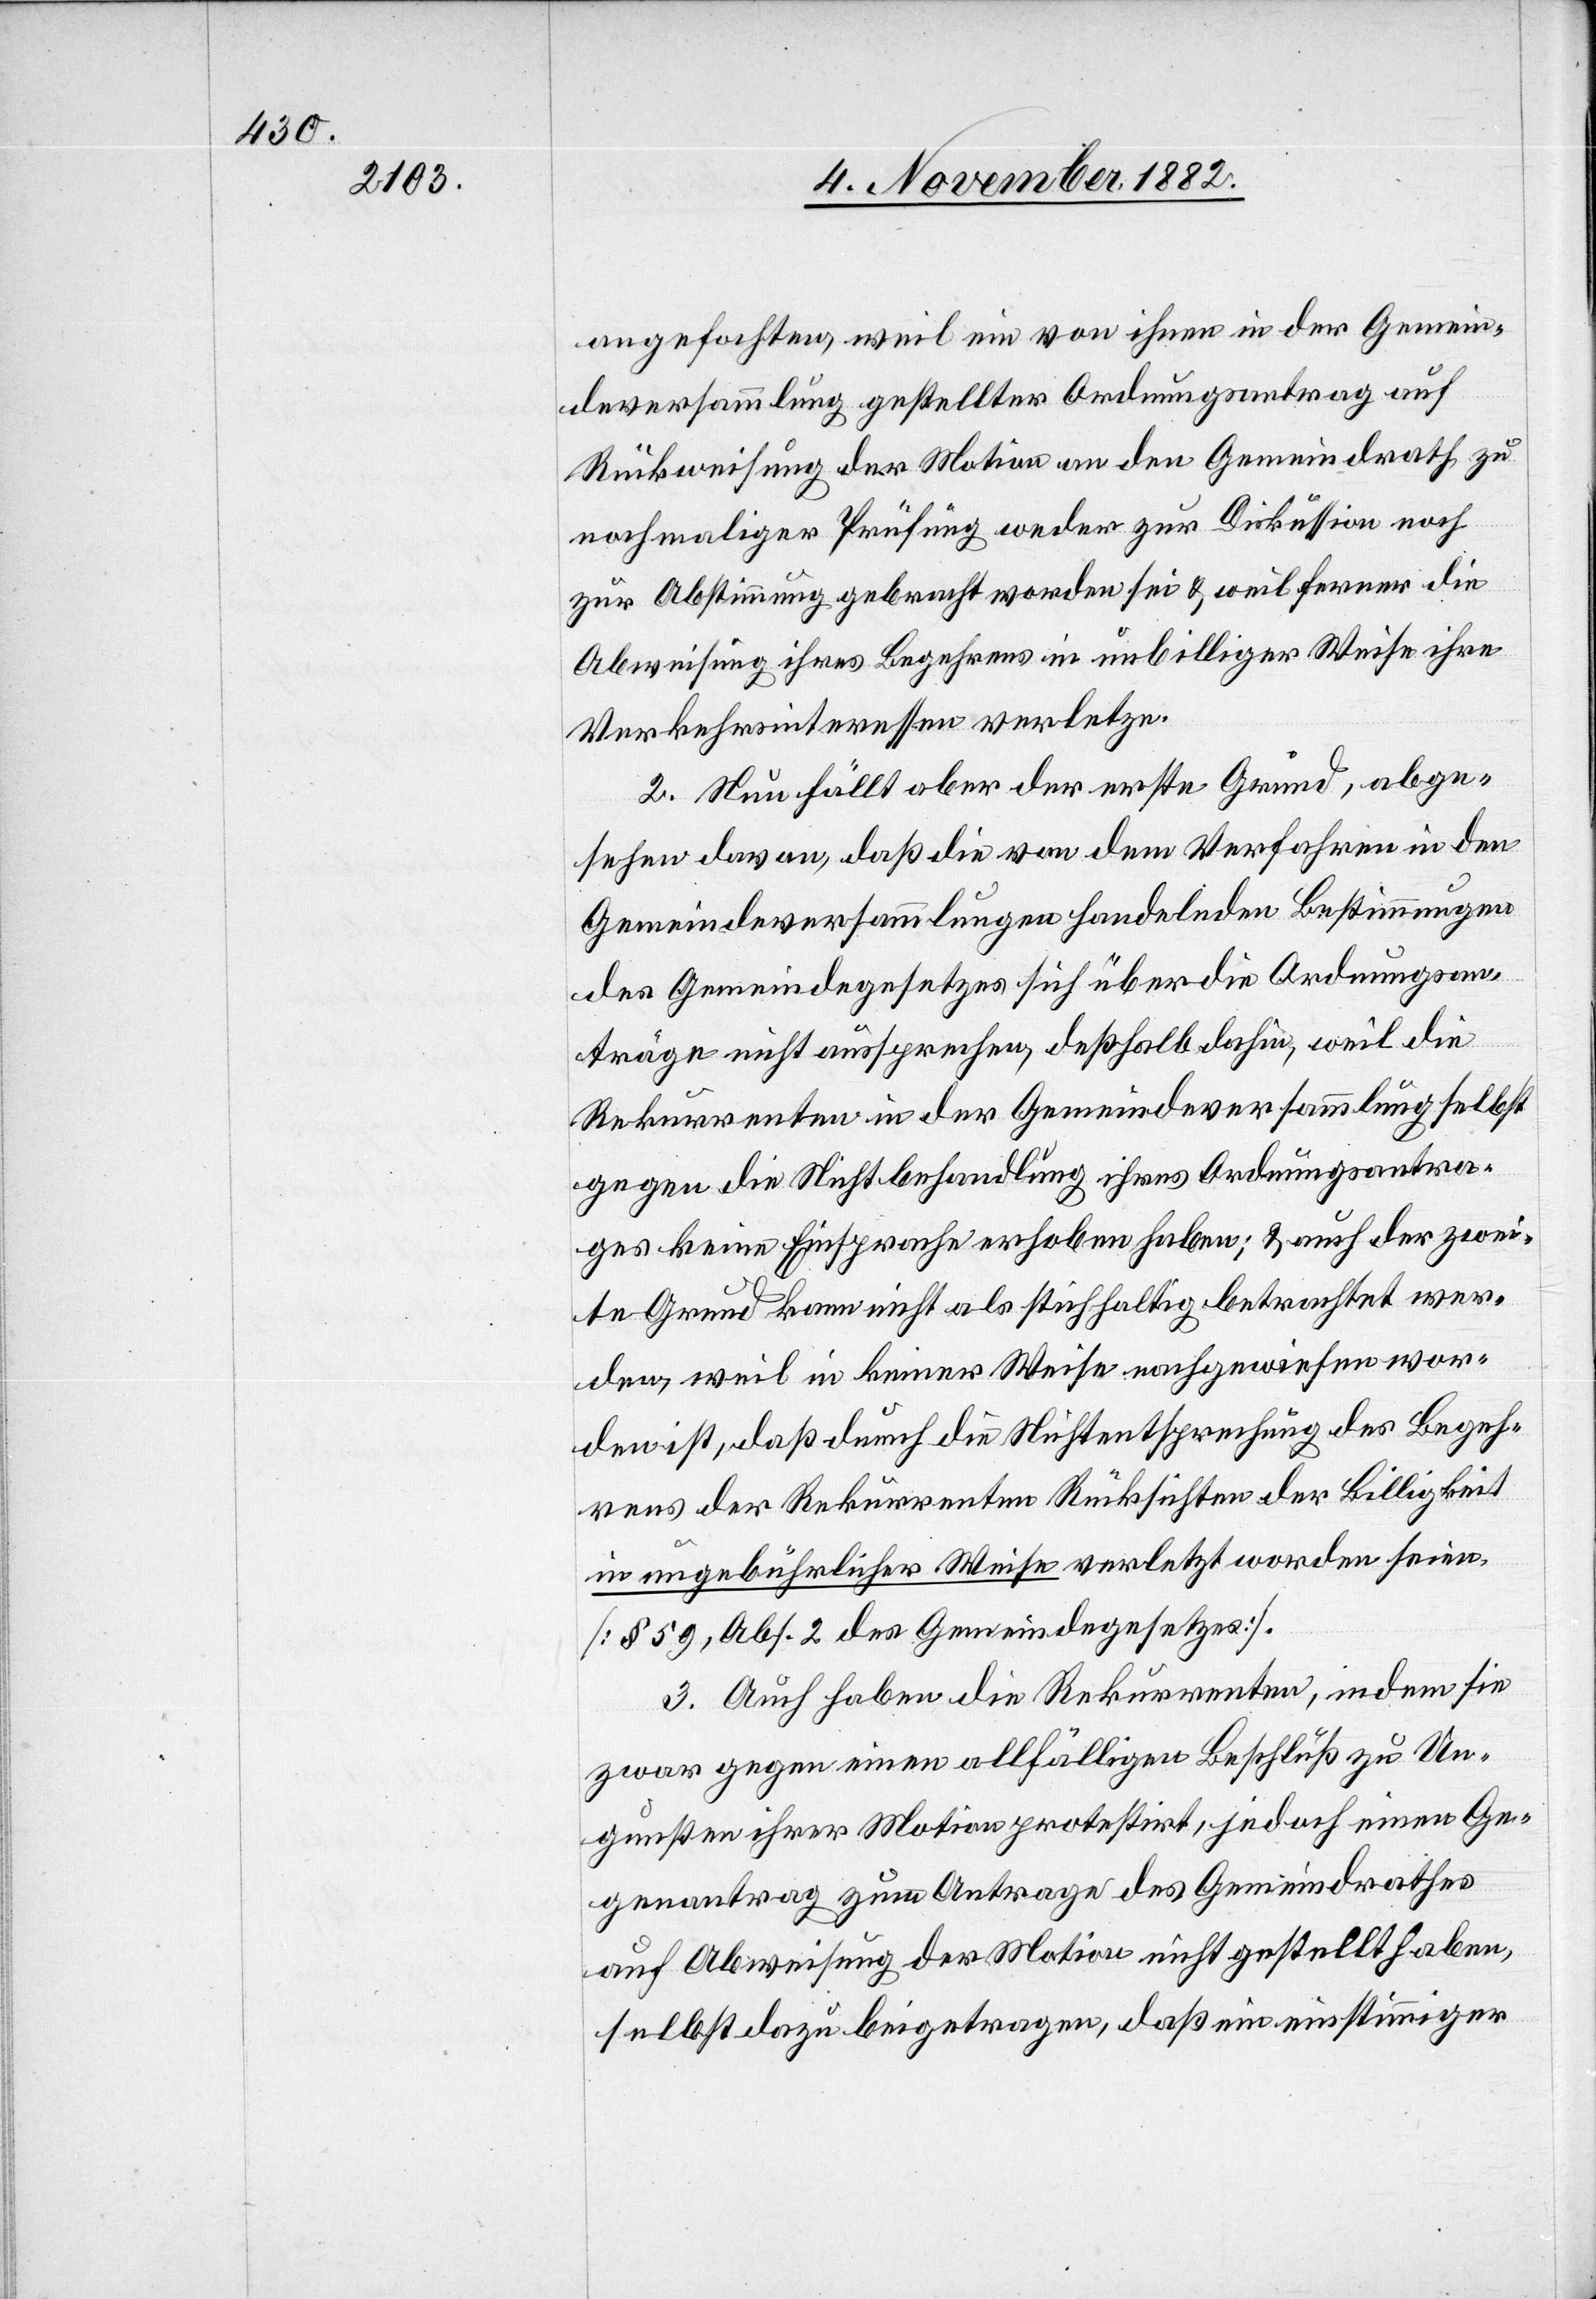
angefochten, weil ein von ihnen in der Gemein¬
deversammlung gestellter Ordnungsantrag auf
Rückweisung der Motion an den Gemeindrath zu
nochmaliger Prüfung weder zur Diskussion noch
zur Abstimmung gebracht worden sei & weil ferner die
Abweisung ihres Begehrens in unbilliger Weise ihre
Verkehrsinteressen verletze.
2. Neu fällt aber der erste Grund, abge¬
sehen davon, daß die von dem Verfahren in den
Gemeindeversammlungen handelnden Bestimmungen
des Gemeindegesetzes sich über die Ordnungsan¬
träge nicht aussprechen, deßhalb dahin, weil die
Rekurrenten in der Gemeindeversammlung selbst
gegen die Nichtbehandlung ihres Ordnungsantra¬
ges keine Einsprache erhoben haben; & auch der zwei¬
te Grund kann nicht als stichhaltig betrachtet wer¬
den, weil in keiner Weise nachgewiesen wor¬
den ist, daß durch die Nichtentsprechung des Begeh¬
rens der Rekurrenten Rücksichten der Billigkeit
in ungebührlicher Weise verletzt worden seien
[1 59, Abs. 2 des Gemeindegesetzes].
3. Auch haben die Rekurrenten, indem sie
zwar gegen einen allfälligen Beschluß zu Un¬
gunsten ihrer Motion protestirt, jedoch einen Ge¬
genantrag zum Antrage des Gemeindrathes
auf Abweisung der Motion nicht gestellt haben,
selbst dazu beigetragen, daß ein einstimmiger